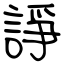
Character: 諍